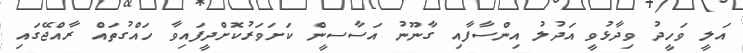
އަލީ ވަހީދު ވިދާޅުވީ އަދުލު އިންސާފާއި ގާނޫނު އަސާސީން ކަށަވަރުކޮށްދީފައިވާ ހައްގުތައް ރާއްޖޭގައި